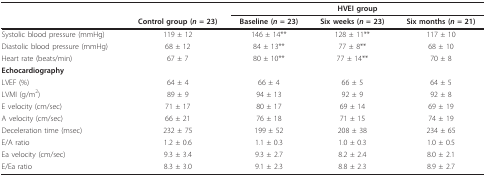
<table><thead><tr><td></td><td></td><td colspan="3"><b>HVEI group</b></td></tr><tr><td></td><td><b>Control group (<i>n </i>= 23)</b></td><td><b>Baseline (<i>n </i>= 23)</b></td><td><b>Six weeks (<i>n </i>= 23)</b></td><td><b>Six months (<i>n </i>= 21)</b></td></tr></thead><tbody><tr><td>Systolic blood pressure (mmHg)</td><td>119 ± 12</td><td>146 ± 14**</td><td>128 ± 11**</td><td>117 ± 10</td></tr><tr><td>Diastolic blood pressure (mmHg)</td><td>68 ± 12</td><td>84 ± 13**</td><td>77 ± 8**</td><td>68 ± 10</td></tr><tr><td>Heart rate (beats/min)</td><td>67 ± 7</td><td>80 ± 10**</td><td>77 ± 14**</td><td>70 ± 8</td></tr><tr><td><b>Echocardiography</b></td><td></td><td></td><td></td><td></td></tr><tr><td>LVEF (%)</td><td>64 ± 4</td><td>66 ± 4</td><td>66 ± 5</td><td>64 ± 5</td></tr><tr><td>LVMI (g/m<sup>2</sup>)</td><td>89 ± 9</td><td>94 ± 13</td><td>92 ± 9</td><td>92 ± 8</td></tr><tr><td>E velocity (cm/sec)</td><td>71 ± 17</td><td>80 ± 17</td><td>69 ± 14</td><td>69 ± 19</td></tr><tr><td>A velocity (cm/sec)</td><td>66 ± 21</td><td>76 ± 18</td><td>71 ± 15</td><td>74 ± 19</td></tr><tr><td>Deceleration time (msec)</td><td>232 ± 75</td><td>199 ± 52</td><td>208 ± 38</td><td>234 ± 65</td></tr><tr><td>E/A ratio</td><td>1.2 ± 0.6</td><td>1.1 ± 0.3</td><td>1.0 ± 0.3</td><td>1.0 ± 0.5</td></tr><tr><td>Ea velocity (cm/sec)</td><td>9.3 ± 3.4</td><td>9.3 ± 2.7</td><td>8.2 ± 2.4</td><td>8.0 ± 2.1</td></tr><tr><td>E/Ea ratio</td><td>8.3 ± 3.0</td><td>9.1 ± 2.3</td><td>8.8 ± 2.3</td><td>8.9 ± 2.7</td></tr></tbody></table>